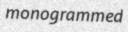
monogrammed